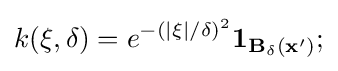
k({\bf {\xi }},\delta )=e^{-(|{\bf {\xi }}|/\delta )^{2}}{\bf {{1}_{B_{\delta }({\bf {x}}')};}}